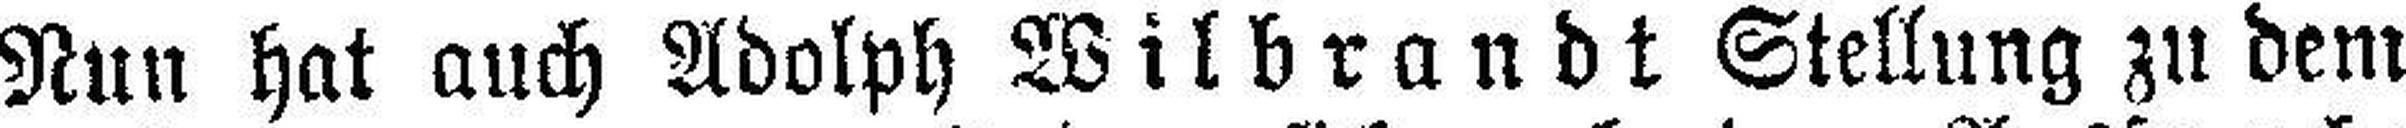
Nun hat auch Adolph Wilbrandt Stellung zu dem